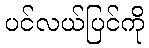
ပင်လယ်ပြင်ကို